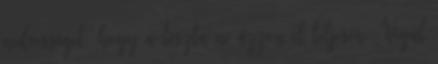
nedvességet, hogy a tészta ne ázzon el teljesen. Végül